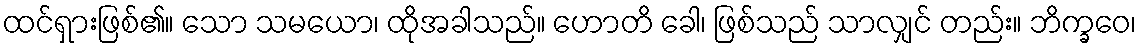
ထင်ရှားဖြစ်၏။ သော သမယော၊ ထိုအခါသည်။ ဟောတိ ခေါ၊ ဖြစ်သည် သာလျှင် တည်း။ ဘိက္ခဝေ၊